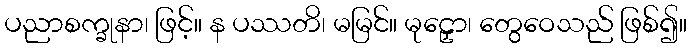
ပညာစက္ခုနာ၊ ဖြင့်။ န ပဿတိ၊ မမြင်။ မုဠှော၊ တွေဝေသည် ဖြစ်၍။